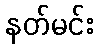
နတ်မင်း